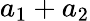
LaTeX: a_{1}+a_{2}